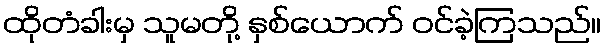
ထိုတံခါးမှ သူမတို့ နှစ်ယောက် ဝင်ခဲ့ကြသည်။